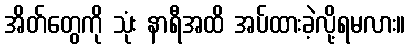
အိတ်တွေကို သုံး နာရီအထိ အပ်ထားခဲ့လို့ရမလား။